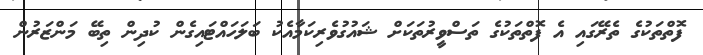
ފޮތްތަކުގެ ތެރޭގައި އެ ފޮތްތަކުގެ ތަސްވީރުތަކަށް ޝައުގުވެރިކަމާއެކު ބަލަހައްޓައިގެން ކުދިން ތިބޭ މަންޒަރުން